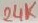
Text: 24K